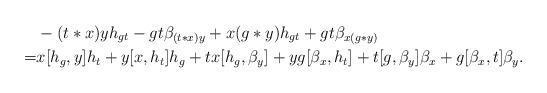
LaTeX: \begin{align*} &-(t*x)yh_{gt}-gt\beta_{(t*x)y}+ x(g*y)h_{gt}+gt\beta_{x(g*y)}\\=& x[h_g, y]h_t+y[x, h_t]h_g+tx[h_g, \beta_y]+yg[\beta_x, h_t]+t[g, \beta_y]\beta_x+g[\beta_x, t]\beta_y.\end{align*}